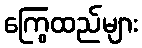
ကြွေထည်များ